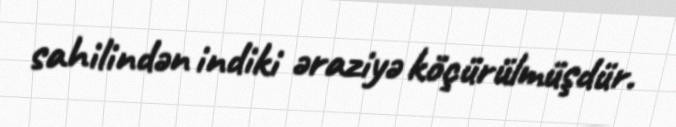
sahilindən indiki əraziyə köçürülmüşdür.